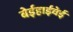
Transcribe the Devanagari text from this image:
बेईहाईवेई